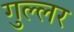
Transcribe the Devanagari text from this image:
गुल्लर